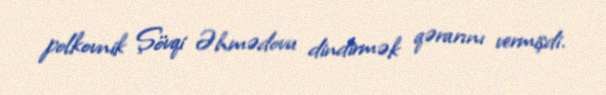
polkovnik Şövqi Əhmədovu dindirmək qərarını vermişdi.